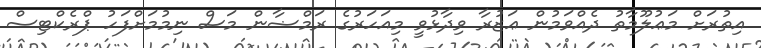
އިތުރަށް މަޢުލޫމާތު ދެއްވަމުން ޢަޒުރާ ވިދާޅުވީ މިއަހަރުގެ ރަމްޟާން މަސް ނިމުމަށްފަހު ޕްރެކްޓިސް